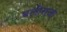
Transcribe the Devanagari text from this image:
बलीराजा